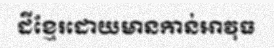
ដីខ្មែរដោយមានកាន់អាវុធ